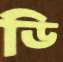
ডি